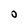
Character: O